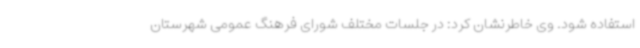
استفاده شود. وی خاطرنشان کرد: در جلسات مختلف شورای فرهنگ عمومی شهرستان